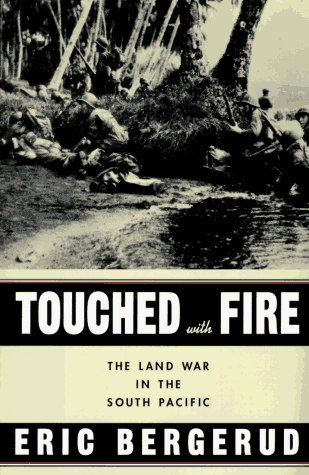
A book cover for Touched with Fire: The Land War in the South Pacific; Eric M. Bergerud; History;